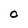
Character: 0